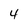
Character: 4